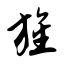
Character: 旌